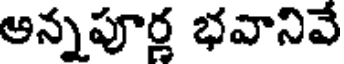
అన్నపూర్త భవానివే